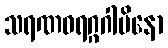
သရဏဝရဂ္ဂဂါမိနော